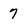
Character: 7